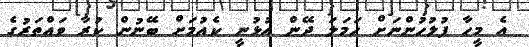
އެ މީހާ ފުލުހުންނަށް ހަމަލަ ދޭން އުޅުނީ ކެއުމަށް ބޭނުން ކުރާ ވައްތަރުގެ